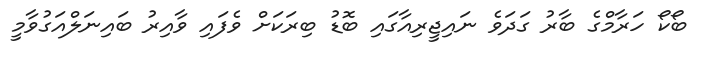
ބޯކޯ ހަރާމްގެ ބާރު ގަދަވެ ނައިޖީރިއާގައި ބޮޑު ބިރަކަށް ވެފައި ވާއިރު ބައިނަލްއަގުވާމީ